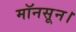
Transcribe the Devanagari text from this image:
मॉनसून।